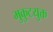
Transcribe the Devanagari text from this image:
मुकुटयुक्त